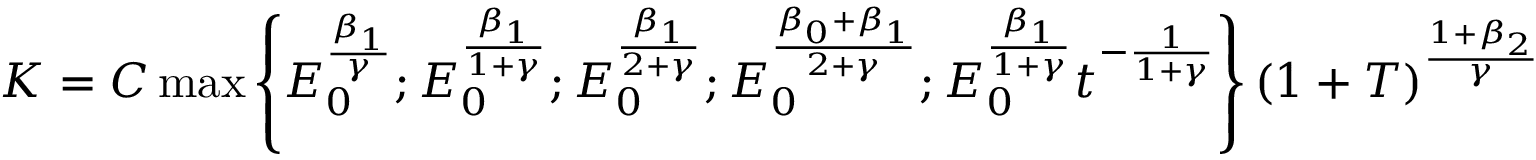
\begin{array} { r } { K = C \operatorname* { m a x } \left\{ E _ { 0 } ^ { \frac { \beta _ { 1 } } { \gamma } } ; E _ { 0 } ^ { \frac { \beta _ { 1 } } { 1 + \gamma } } ; E _ { 0 } ^ { \frac { \beta _ { 1 } } { 2 + \gamma } } ; E _ { 0 } ^ { \frac { \beta _ { 0 } + \beta _ { 1 } } { 2 + \gamma } } ; E _ { 0 } ^ { \frac { \beta _ { 1 } } { 1 + \gamma } } t ^ { - \frac { 1 } { 1 + \gamma } } \right\} \left( 1 + T \right) ^ { \frac { 1 + \beta _ { 2 } } { \gamma } } } \end{array}